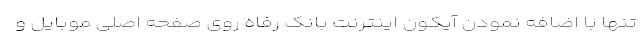
تنها با اضافه نمودن آیکون اینترنت بانک رفاه روی صفحه اصلی موبایل و